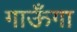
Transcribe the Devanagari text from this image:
गाऊँगा